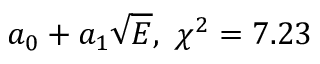
a _ { 0 } + a _ { 1 } \sqrt { E } , \ \chi ^ { 2 } = 7 . 2 3